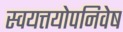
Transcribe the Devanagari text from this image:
स्वयत्तयोपनिवेष